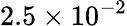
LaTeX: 2.5\times 10^{-2}